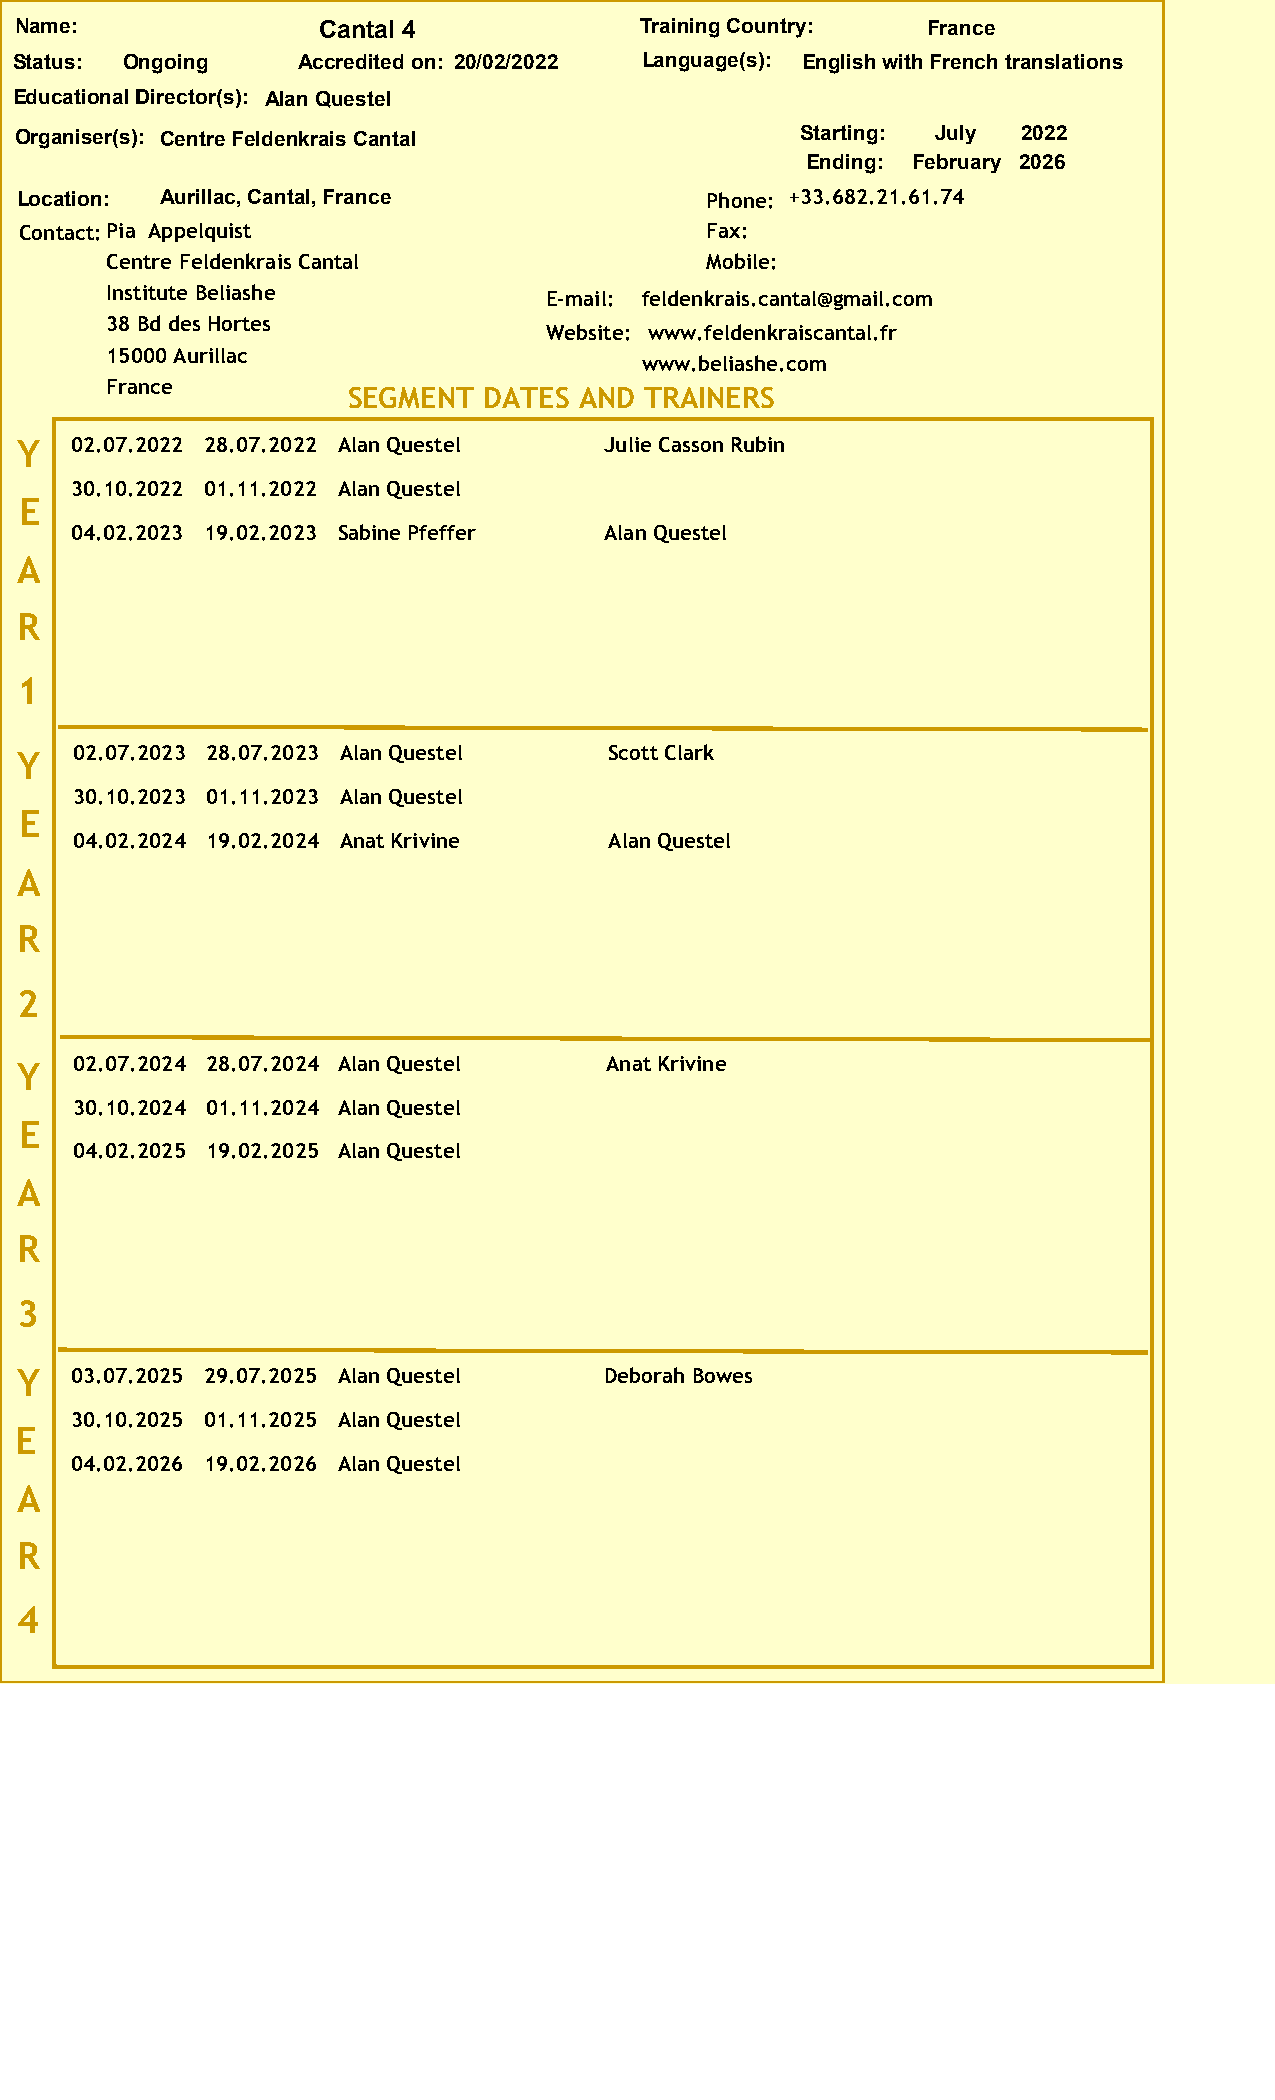
Name:               Cantal 4             Training Country:  France
 Status: Ongoing    Accredited on: 20/02/2022 Language(s): English with French translations
 Educational Director(s): Alan Questel
 Organiser(s): Centre Feldenkrais Cantal             Starting: July 2022
 Ending: February 2026
 Location: Aurillac, Cantal, France            Phone: +33.682.21.61.74
 Contact:Pia Appelquist                        Fax:
 Centre Feldenkrais Cantal               Mobile:
 Institute Beliashe           E-mail: feldenkrais.cantal@gmail.com
 38 Bd des Hortes
 Website: www.feldenkraiscantal.fr
 15000 Aurillac
 www.beliashe.com
 France
 SEGMENT  DATES AND  TRAINERS
 Y   02.07.2022 28.07.2022 Alan Questel Julie Casson Rubin
 30.10.2022 01.11.2022 Alan Questel
 E
 04.02.2023 19.02.2023 Sabine Pfeffer Alan Questel
 A
 R
 1
 Y   02.07.2023 28.07.2023 Alan Questel Scott Clark
 30.10.2023 01.11.2023 Alan Questel
 E
 04.02.2024 19.02.2024 Anat Krivine Alan Questel
 A
 R
 2
 Y   02.07.2024 28.07.2024 Alan Questel Anat Krivine
 30.10.2024 01.11.2024 Alan Questel
 E
 04.02.2025 19.02.2025 Alan Questel
 A
 R
 3
 Y   03.07.2025 29.07.2025 Alan Questel Deborah Bowes
 30.10.2025 01.11.2025 Alan Questel
 E
 04.02.2026 19.02.2026 Alan Questel
 A
 R
 4